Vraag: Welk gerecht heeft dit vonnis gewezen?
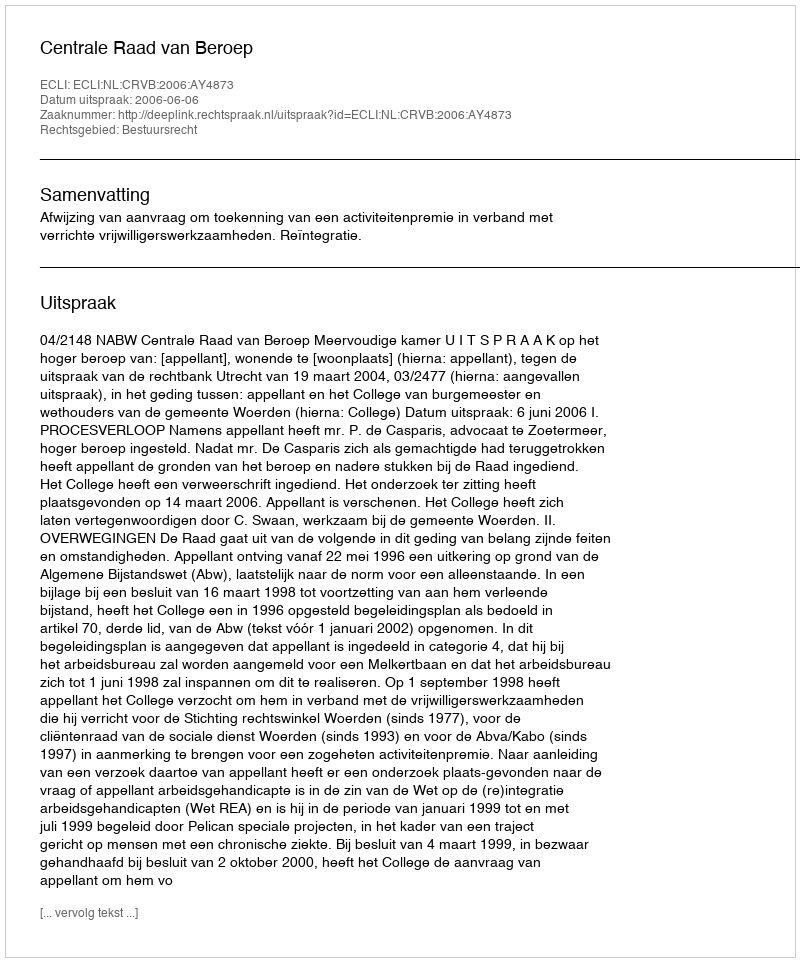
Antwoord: Centrale Raad van Beroep